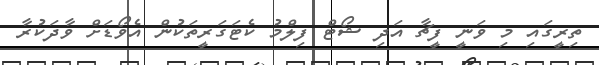
ތިރީގައި މި ވަނީ ފީޗާ އަދި ޝޯޓް ފިލްމު ކެޓަގަރީތަކުން އެވޯޑަށް ވާދަކުރާ